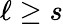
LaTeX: \ell\geq s